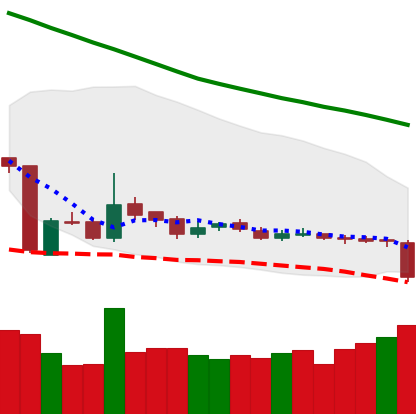
Ticker: LTC-USD
Chart end date: 2018-10-29
Forward return: 3.876%
Label: up_3_5